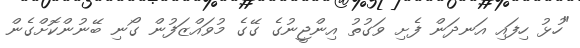
"ހުޅު ހިފައި އަނދަން ފެށި ވަގުތު އިންޖީނުގެ ގޭގެ މުވައްޒަފުން ގޯނި ބޭނުންކޮށްގެން